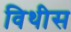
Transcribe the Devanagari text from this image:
विथीस